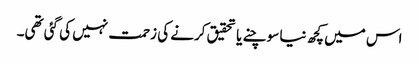
اس میں کچھ نیا سوچنے یا تحقیق کرنے کی زحمت نہیں کی گئی تھی۔